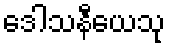
ဒေါသနီယေသု